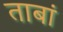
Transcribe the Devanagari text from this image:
ताबां